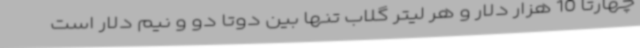
چهارتا 10 هزار دلار و هر لیتر گلاب تنها بین دوتا دو و نیم دلار است